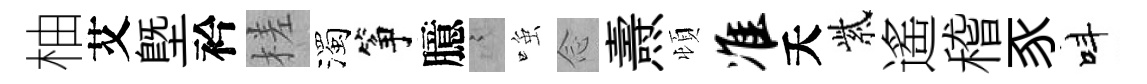
柚艾塈衿槎濁筝臆謭𫪻𫝹燾頓准夭紫遙稽豕呌